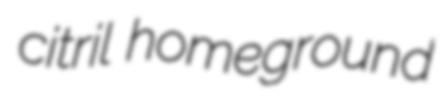
citril homeground